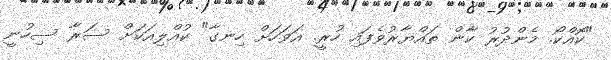
"ކޮއްކޯ. މެންދުރު ކާން ތައްޔާރުވެފައި ހުރީ. އަވަހަށް ހިނގާ" ކުއްލިއަކަށް ސަރާ ސިހުނީ